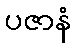
ပဇာနံ